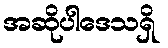
အဆိုပါဒေသရှိ